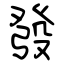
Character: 發